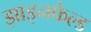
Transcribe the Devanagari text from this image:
झाइनफेल्ड